Report of an investigation into the causes of malaria in Bombay and the measures necessary for its control
Disease focus: Malaria
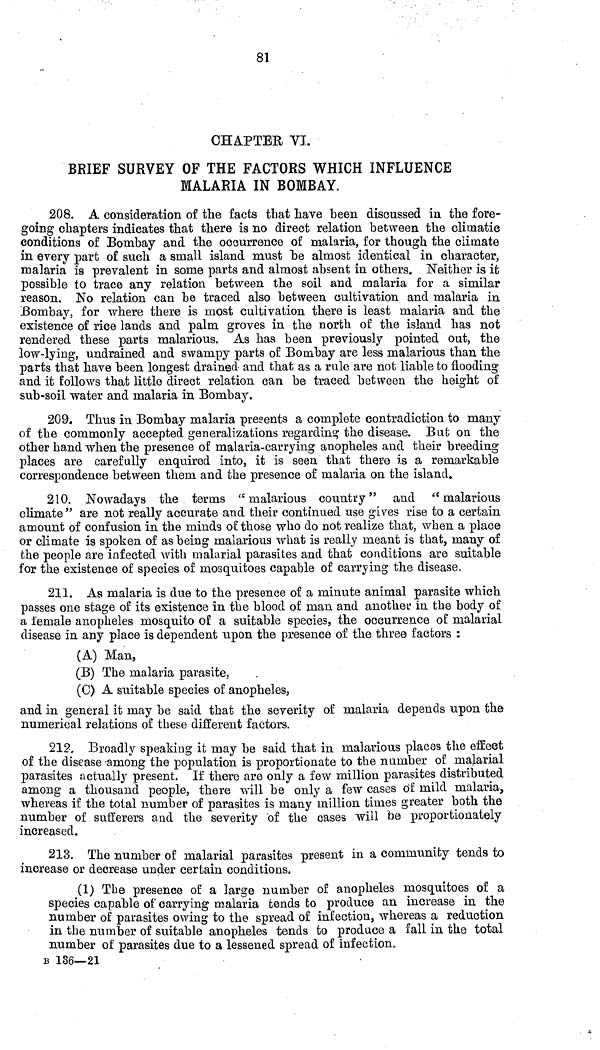
81
CHAPTER VI.
BRIEF SURVEY OF THE FACTORS WHICH INFLUENCE
MALARIA IN BOMBAY.
208. A consideration of the facts that have been discussed in the fore-
going chapters indicates that there is no direct relation between the climatic
conditions of Bombay and the occurrence of malaria, for though the climate
in every part of such a small island must be almost identical in character,
malaria is prevalent in some parts and almost absent in others. Neither is it
possible to trace any relation between the soil and malaria for a similar
reason. No relation can be traced also between cultivation and malaria in
Bombay, for where there is most cultivation there is least malaria and the
existence of rice lands and palm groves in the north of the island has not
rendered these parts malarious. As has been previously pointed out, the
low-lying, undrained and swampy part9 of Bombay are less malarious than the
parts that have been longest drained and that as a rule are not liable to flooding
and it follows that little direct relation can be traced between the height of
sub-soil water and malaria in Bombay.
209. Thus in Bombay malaria presents a complete contradiction to many
of the commonly accepted generalizations regarding the disease. But on the
other hand when the presence of malaria-carrying anopheles and their breeding
places are carefully enquired into, it is seen that there is a remarkable
correspondence between them and the presence of malaria on the island.
210. Nowadays the terms "malarious country" and "malarious
climate " are not really accurate and their continued use gives rise to a certain
amount of confusion in the minds of those who do not realize that, when a place
or climate is spoken of as being malarious what is really meant is that, many of
the people are infected with malarial parasites and that conditions are suitable
for the existence of species of mosquitoes capable of carrying the disease.
211. As malaria is due to the presence of a minute animal parasite which
passes one stage of its existence in the blood of man and another in the body of
a female anopheles mosquito of a suitable species, the occurrence of malarial
disease in any place is dependent upon the presence of the three factors :
(A) Man,
(B) The malaria parasite,
(C) A suitable species of anopheles,
and in general it may be said that the severity of malaria depends upon the
numerical relations of these different factors.
212. Broadly speaking it may be said that in malarious places the effect
of the disease among the population is proportionate to the number of malarial
parasites actually present. If there are only a few million parasites distributed
among a thousand people, there will be only a few cases of mild malaria,
whereas if the total number of parasites is many million times greater both the
number of sufferers and the severity of the cases will be proportionately
increased.
213. The number of malarial parasites present in a community tends to
increase or decrease under certain conditions.
(1) The presence of a large number of anopheles mosquitoes of a
species capable of carrying malaria tends to produce an increase in the
number of parasites owing to the spread of infection, whereas a reduction
in the number of suitable anopheles tends to produce a fall in the total
number of parasites due to a lessened spread of infection.
B 1S6—21